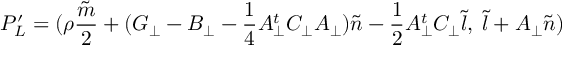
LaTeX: P _ { L } ^ { \prime } = ( { \rho } \frac { \tilde { m } } { 2 } + ( G _ { \bot } - B _ { \bot } - \frac { 1 } { 4 } A _ { \bot } ^ { t } C _ { \bot } A _ { \bot } ) { \tilde { n } } - \frac { 1 } { 2 } A _ { \bot } ^ { t } C _ { \bot } { \tilde { l } } , \; { \tilde { l } } + A _ { \bot } { \tilde { n } } )